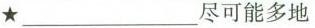
★___尽可能多地